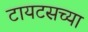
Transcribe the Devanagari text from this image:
टायटसच्या